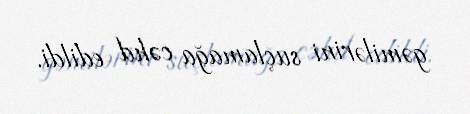
gəmilərini suçlamağa cəhd edildi.